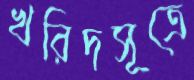
খরিদসূত্রে